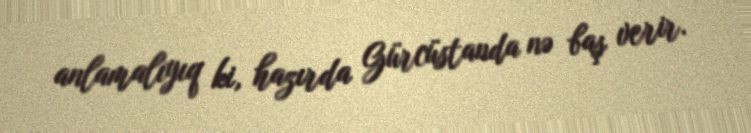
anlamalıyıq ki, hazırda Gürcüstanda nə baş verir.